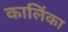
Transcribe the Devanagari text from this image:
कालिंका